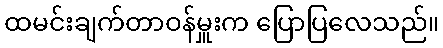
ထမင်းချက်တာဝန်မှူးက ပြောပြလေသည်။